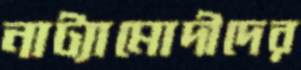
নাট্যামোদীদের